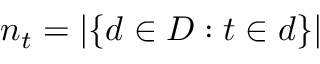
n _ { t } = | \{ d \in D : t \in d \} |